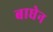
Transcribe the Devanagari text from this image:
बाघेन